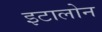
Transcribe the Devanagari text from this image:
इटालोन